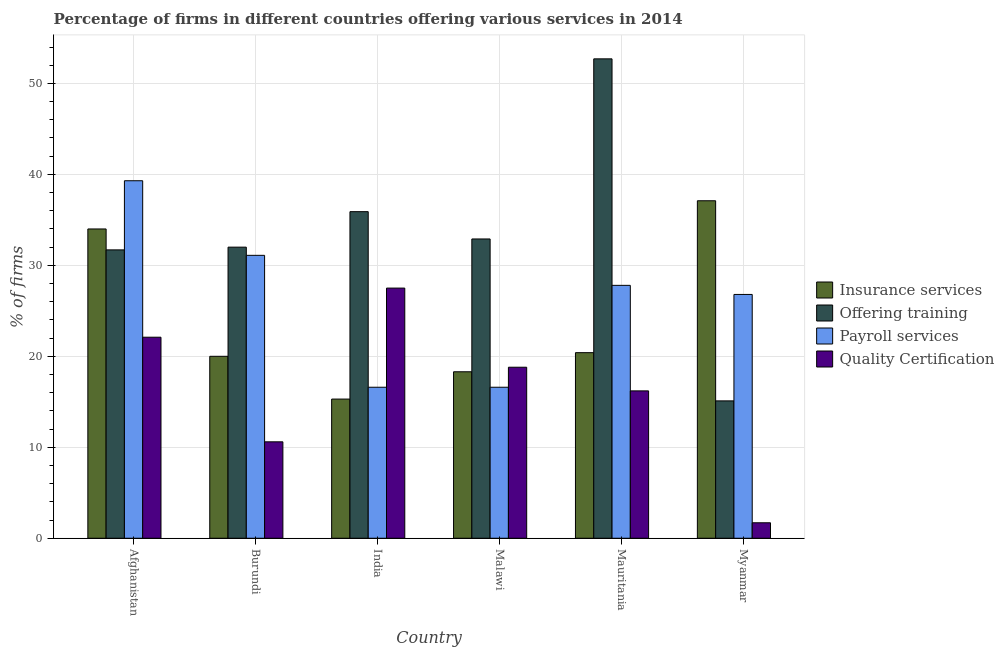
| Country | Insurance services | Offering training | Payroll services | Quality Certification |
 | --- | --- | --- | --- | --- |
 | Afghanistan | 34 | 31.7 | 39.3 | 22.1 |
 | Burundi | 20 | 32 | 31.1 | 10.6 |
 | India | 15.3 | 35.9 | 16.6 | 27.5 |
 | Malawi | 18.3 | 32.9 | 16.6 | 18.8 |
 | Mauritania | 20.4 | 52.7 | 27.8 | 16.2 |
 | Myanmar | 37.1 | 15.1 | 26.8 | 1.7 |